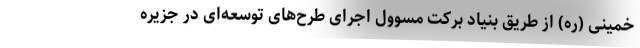
خمینی (ره) از طریق بنیاد برکت مسوول اجرای طرح‌های توسعه‌ای در جزیره